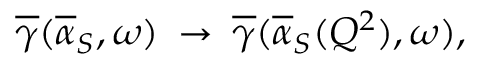
\overline { { { \gamma } } } ( \overline { { { \alpha } } } _ { S } , \omega ) \: \rightarrow \: \overline { { { \gamma } } } ( \overline { { { \alpha } } } _ { S } ( Q ^ { 2 } ) , \omega ) ,